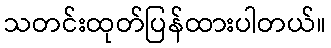
သတင်းထုတ်ပြန်ထားပါတယ်။